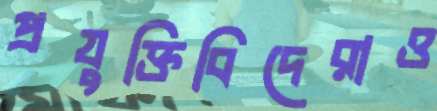
প্রযুক্তিবিদেরাও